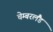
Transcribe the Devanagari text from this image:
चेम्बरलैंड